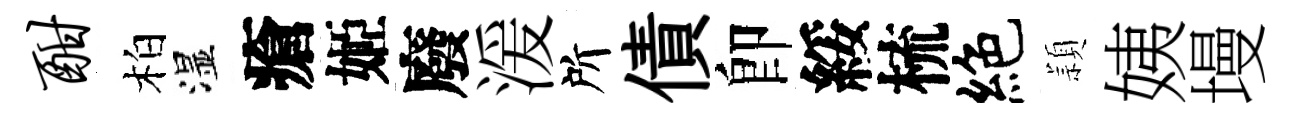
酣柏湿瘡姬廢湲所債卽綏梳絶頴姨墁